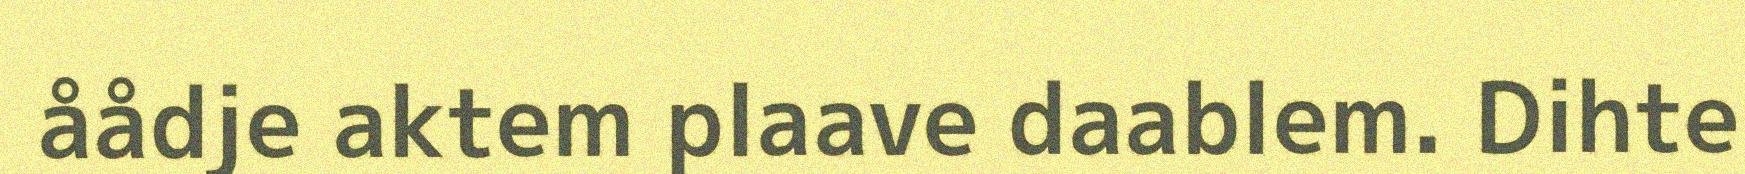
åådje aktem plaave daablem. Dihte